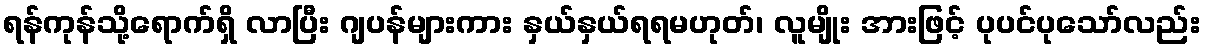
ရန်ကုန်သို့ရောက်ရှိ လာပြီး ဂျပန်များကား နှယ်နှယ်ရရမဟုတ်၊ လူမျိုး အားဖြင့် ပုပင်ပုသော်လည်း